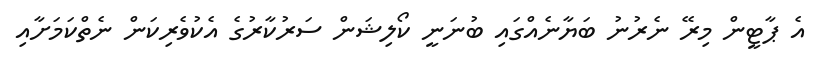
އެ ޕާޓީން މިރޭ ނެރުނު ބަޔާނެއްގައި ބުނަނީ ކޯލިޝަން ސަރުކާރުގެ އެކުވެރިކަން ނެތްކަމަށާއި